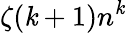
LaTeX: \zeta(\mathit{k}+1)n^{\mathit{k}}